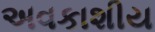
અવકાશીય